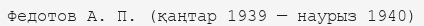
Федотов А. П. (қаңтар 1939 — наурыз 1940)